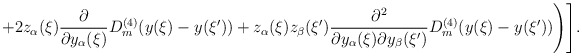
\begin{align*}+2z_\alpha(\xi)\frac{\partial}{\partial y_\alpha(\xi)}D_m^{(4)}(y(\xi)-y(\xi'))+z_\alpha(\xi)z_\beta(\xi')\frac{\partial^2}{\partial y_\alpha(\xi)\partial y_\beta(\xi')}D_m^{(4)}(y(\xi)-y(\xi'))\Biggr)\Biggr].\end{align*}